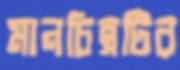
মানচিত্রটির